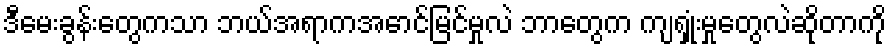
ဒီမေးခွန်းတွေကသာ ဘယ်အရာကအောင်မြင်မှုလဲ ဘာတွေက ကျရှုံးမှုတွေလဲဆိုတာကို